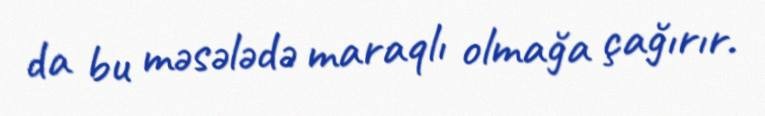
da bu məsələdə maraqlı olmağa çağırır.